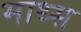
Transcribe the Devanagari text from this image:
माथ्स